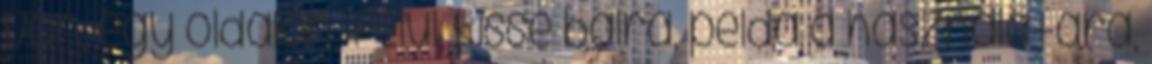
van, egy oldalon, felül, kissé balra, példa a használatára,